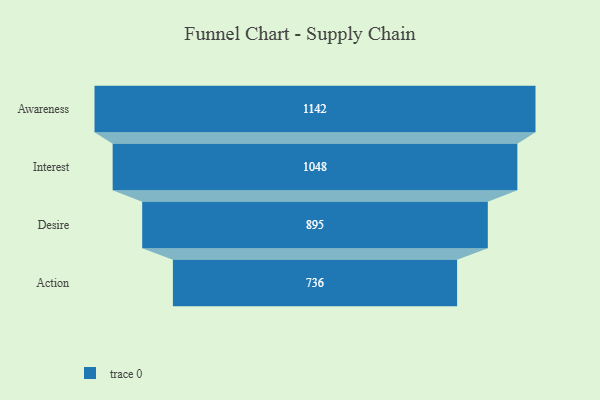
{"axis": {"x": "Stage", "y": "Value"}, "legend": [""], "data": [{"x": "Awareness", "y": 1142.0, "type": ""}, {"x": "Interest", "y": 1048.0, "type": ""}, {"x": "Desire", "y": 895.0, "type": ""}, {"x": "Action", "y": 736.0, "type": ""}]}